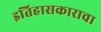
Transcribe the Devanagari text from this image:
इतिहासकाराचा